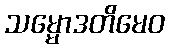
သမ္မောဒတိမေဝ